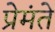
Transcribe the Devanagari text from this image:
प्रेमंते